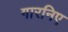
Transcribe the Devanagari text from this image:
गारनिए